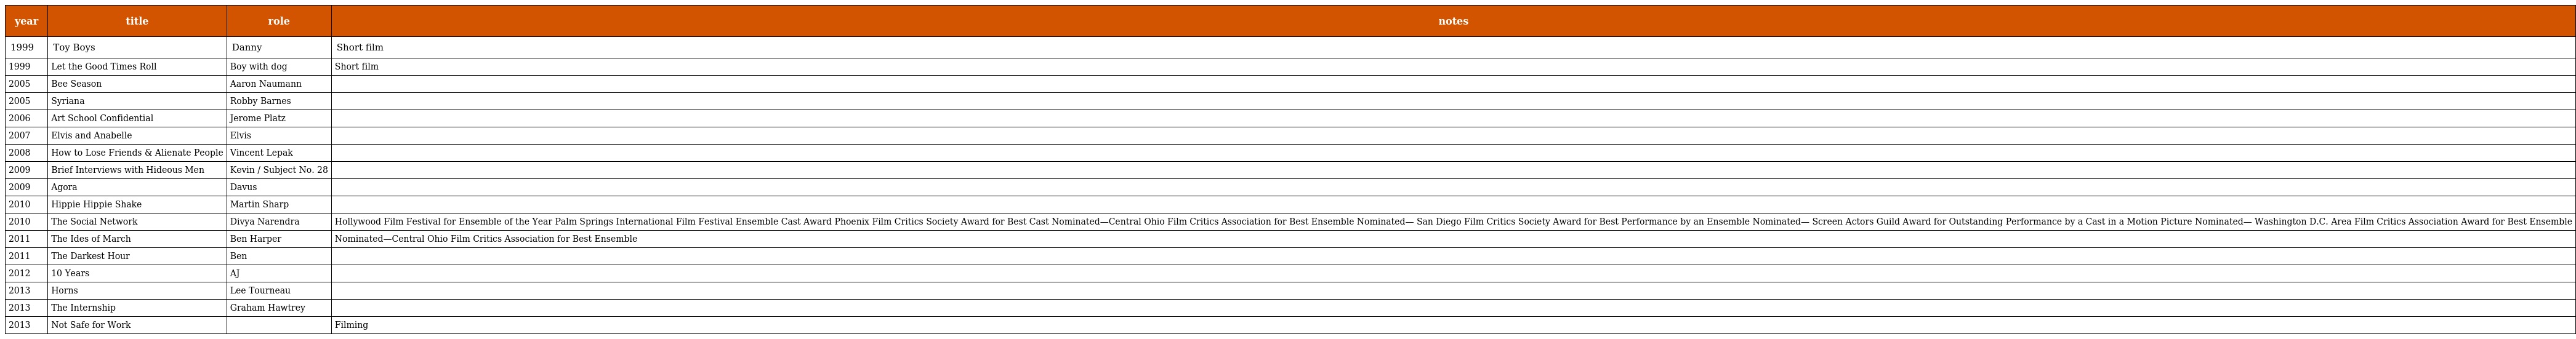
| year | title | role | notes |
 | --- | --- | --- | --- |
 | 1999 | Toy Boys | Danny | Short film |
 | 1999 | Let the Good Times Roll | Boy with dog | Short film |
 | 2005 | Bee Season | Aaron Naumann |  |
 | 2005 | Syriana | Robby Barnes |  |
 | 2006 | Art School Confidential | Jerome Platz |  |
 | 2007 | Elvis and Anabelle | Elvis |  |
 | 2008 | How to Lose Friends & Alienate People | Vincent Lepak |  |
 | 2009 | Brief Interviews with Hideous Men | Kevin / Subject No. 28 |  |
 | 2009 | Agora | Davus |  |
 | 2010 | Hippie Hippie Shake | Martin Sharp |  |
 | 2010 | The Social Network | Divya Narendra | Hollywood Film Festival for Ensemble of the Year Palm Springs International Film Festival Ensemble Cast Award Phoenix Film Critics Society Award for Best Cast Nominated—Central Ohio Film Critics Association for Best Ensemble Nominated— San Diego Film Critics Society Award for Best Performance by an Ensemble Nominated— Screen Actors Guild Award for Outstanding Performance by a Cast in a Motion Picture Nominated— Washington D.C. Area Film Critics Association Award for Best Ensemble |
 | 2011 | The Ides of March | Ben Harper | Nominated—Central Ohio Film Critics Association for Best Ensemble |
 | 2011 | The Darkest Hour | Ben |  |
 | 2012 | 10 Years | AJ |  |
 | 2013 | Horns | Lee Tourneau |  |
 | 2013 | The Internship | Graham Hawtrey |  |
 | 2013 | Not Safe for Work |  | Filming |